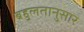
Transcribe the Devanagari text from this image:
बहुलतानुसार